Indian Medical Review
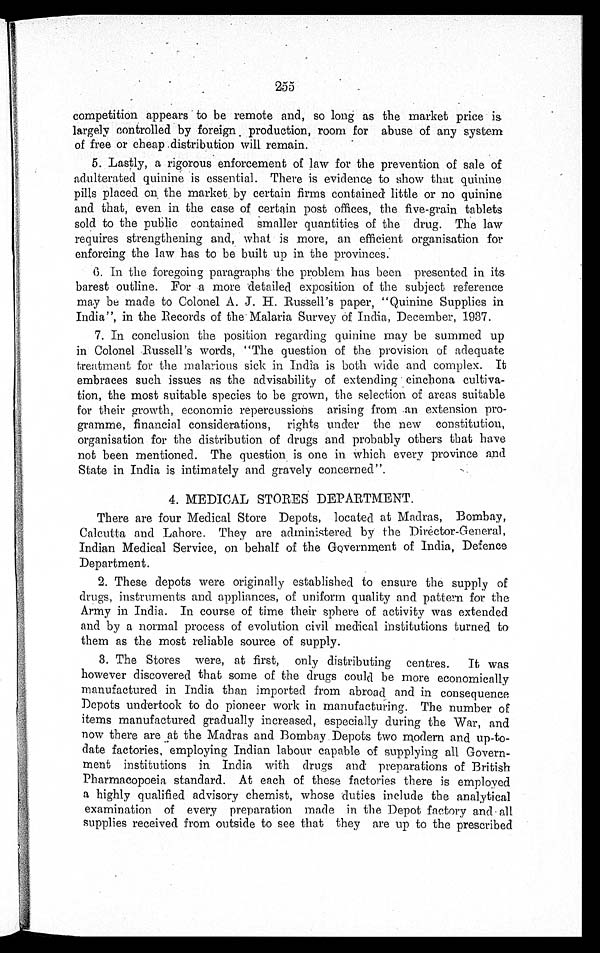
255
competition appears to be remote and, so long as the market price i
s
largely controlled by foreign production, room for abuse of any system
of free or cheap distribution will remain.
5. Lastly, a rigorous enforcement of law for the prevention of sale of
adulterated quinine is essential. There is evidence to show that quinine
pills placed on the market by certain firms contained little or no quinine
and that, even in the case of certain post offices, the five-grain tablets
sold to the public contained smaller quantities of the drug. The law
requires strengthening and, what is more, an efficient organisation for
enforcing the law has to be built up in the provinces.
6. In the foregoing paragraphs the problem has been presented in its
barest outline. For a more detailed exposition of the subject reference
may be made to Colonel A. J. H. Russell's paper, "Quinine Supplies in
India", in the Records of the Malaria Survey of India, December, 1937.
7. In conclusion the position regarding quinine may be summed up
in Colonel Russell's words, "The question of the provision of adequate
treatment for the malarious sick in India is both wide and complex. It
embraces such issues as the advisability of extending cinchona cultiva
-
tion, the most suitable species to be grown, the selection of areas suitable
for their growth, economic repercussions arising from an extension pro
-
gramme, financial considerations, rights under the new constitution,
organisation for the distribution of drugs and probably others that have
not been mentioned. The question is one in which every province and
State in India is intimately and gravely concerned".
MEDICAL STORES DEPARTMENT.
There are four Medical Store Depots, located at Madras, Bombay,
Calcutta and Lahore. They are administered by the Director-General,
Indian Medical Service, on behalf of the Government of India, Defence
Department.
2.
These depots were originally established to ensure the supply of
drugs, instruments and appliances, of uniform quality and pattern for the
Army in India. In course of time their sphere of activity was extended
and by a normal process of evolution civil medical institutions turned to
them as the most reliable source of supply.
3. The Stores were, at first, only distributing centres. It was
however discovered that some of the drugs could be more economically
manufactured in India, than imported from abroad and in consequence
Depots undertook to do pioneer work in manufacturing. The number o
f
items manufactured gradually increased, especially during the War, and
now there are at the Madras and Bombay Depots two modern and up-to-
date factories, employing Indian labour capable of supplying all Govern
-
ment institutions in India with drugs and preparations of British
Pharmacopoeia standard. At each of these factories there is employed
a highly qualified advisory chemist, whose duties include the analytical
examination of every preparation made in the Depot factory and a ll
supplies received from outside to see that they are up to the prescribed